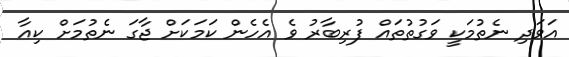
އަވަދި ނެތުމަކީ ވަގުތުތައް ފުރިބާރު ވެ އެހެން ކަމަކަށް ޖާގަ ނެތުމަށް ކިއާ